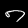
Label: 7